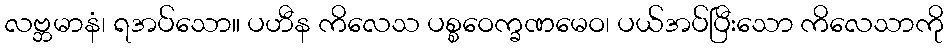
လဗ္ဘမာနံ၊ ရအပ်သော။ ပဟီန ကိလေသ ပစ္စဝေက္ခဏမေဝ၊ ပယ်အပ်ပြီးသော ကိလေသာကို